[Report on the health of British troops in the Madras command]
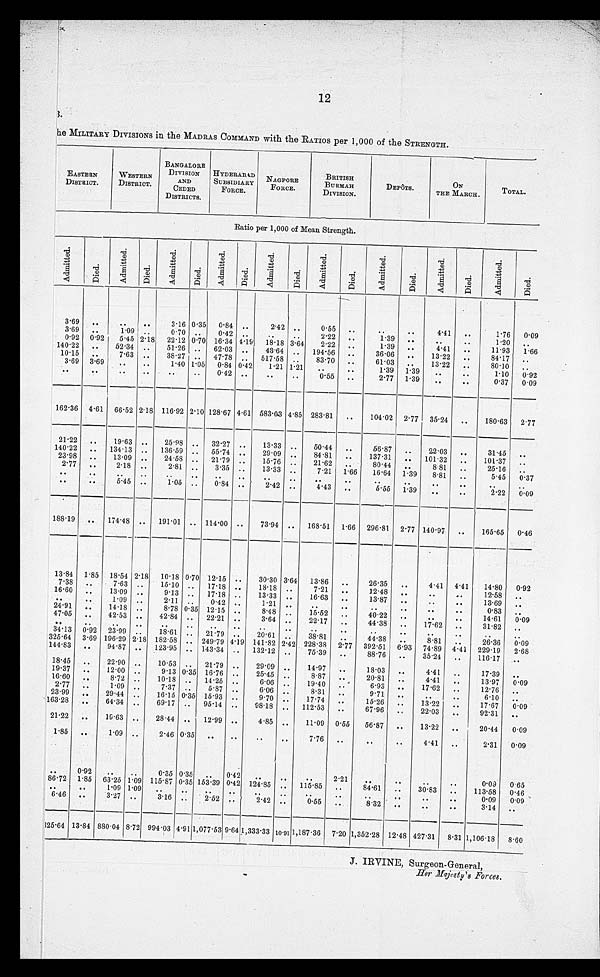
12
3.
The MILITARY DIVISIONS in the MADRAS COMMAND with the RATIOS per 1,000 of the STRENGTH.
EASTERN
DISTRICT.
WESTERN
DISTRICT.
BANGALORE
DIVISION
AND
CEDED
DISTRICTS.
HYDRABAD
SUBSIDIARY
FORCE.
NAGPORE
FORCE.
BRITISH
BURMAH
DIVISION.
DEPÔTS.
ON
THE MARCH.
TOTAL.
Ratio per 1,000 of Mean Strength.
Admi t t ed.
Died.
Admi t t ed.
Di e d.
Admi t t ed.
Died.
Admi t t ed.
Died.
Admi t t ed.
Died.
Admi t t ed.
Died.
A d m i t t e d .
Died.
Admi t t ed.
Died.
Ad mi t t e d .
Died.
3.69 ..
..
..
3.16 0.35 0.84 ..
2.42 ..
0.55 ..
..
..
4.41 ..
1.76 0.09
3.69 ..
1.09 ..
0.70 ..
0.42 ..
..
..
2.22 ..
1.39 ..
..
..
1.20
..
0.92 0.92 5.45 2.18 22.12 0.70 16.34 4.19 18.18 3.64
2.22 ..
1.39 ..
4.41 ..
11.93 1.66
140.22 ..
52.34 ..
51.26 .. 62.03 ..
43.64 .. 194.56 ..
36.06 ..
13.22 ..
84.17 ..
10.15 ..
7.63 ..
38.27 .. 47.78 .. 517.58 ..
83.70 ..
61.03 ..
13.22 ..
80.10 ..
3.69 3.69
..
..
1.40 1.05 0.84 0.42
1.21 1.21
..
..
1.39 1.39
..
..
1.10 0.92
..
.. ..
..
..
..
0.42 ..
..
..
0.55 ..
2.77 1.39 ..
..
0.37 0.09
162.36 4.61 66.52 2.18 116.92 2.10 128.67 4.61 583.03 4.85 283.81 ..
104.02 2.77 35.24 ..
180.63 2.77
21.22 ..
19.63 ..
25.98 .. 32.27 ..
13.33 ..
50.44 ..
56.87 ..
22.03 ..
31.45 ..
140.22 .. 134.13 .. 136.59 .. 55.74 ..
29.09 ..
84.81 ..
137.31 .. 101.32 ..
101.37 ..
23.98 ..
13.09 ..
24.58 .. 21.79 ..
15.76 ..
21.62 ..
80.44 ..
8.81 ..
25.16 ..
2.77 ..
2.18 ..
2.81 ..
3.35 ..
13.33 ..
7.21 1.66 16.64 1.39
8.81 ..
5.45 0.37
..
..
..
..
..
..
..
..
..
..
..
..
..
..
..
..
..
..
..
..
5.45 ..
1.05 ..
0.84 ..
2.42 ..
4.43 ..
5.55 1.39
..
..
2.22 0.09
188.19 .. 174.48 ..
191.01 .. 114.00 ..
73.94 .. 168.51 1.66 296.81 2.77 140.97 ..
165.65 0.46
13.84 1.85 18.54 2.18 10.18 0.70 12.15 ..
30.30 3.64 13.86 ..
26.35 ..
4.41 4.41
14.80 0.92
7.38 ..
7.63 ..
15.10 .. 17.18 ..
18.18 ..
7.21 ..
12.48 .. ..
..
12.58 ..
16.60 ..
13.09 ..
9.13 .. 17.18 ..
13.33 ..
16.63 ..
13.87 .. ..
..
13.69 ..
..
..
1.09 ..
2.11 ..
0.42 ..
1.21 .. ..
..
..
.. ..
..
0.83 ..
24.91 ..
14.18 ..
8.78 0.35 12.15 ..
8.48 ..
15.52..
40.22 ..
..
..
14.61 0.09
47.05 ..
42.53 ..
42.84 .. 22.21 ..
3.64 ..
22.17 ..
44.38 ..
17.62 ..
31.82 ..
..
..
..
.. ..
.. ..
.. ..
..
..
..
..
..
..
..
....
....
34.13 0.92 23.99 ..
18.61 .. 21.79 . .
20.61 .
.
38.81 .
.
44.38 ..
8.81 ..
26.36 0.09
325.64 3.69 196.29 2.18 182.58 .. 249.79 4.19 141.82 2.42 228.38 2.77 392.51 6.93 74.89 4.41 229.19 2.68
144.83 ..
94.87 .. 123.95 .. 143.34 .. 132.12 ..
75.39 ..
88.76 ..
35.24 ..
116.17 ..
18.45 ..
22.90 ..
10.53 .. 21.79 ..
29.09 ..
14.97 ..
18.03 ..
4.41 ..
17.39 ..
19.37 ..
12.00 ..
9.13 0.35 16.76 ..
25.45 ..
8.87 ..
20.81 ..
4.41 ..
13.97 0.09
16.60 ..
8.72 ..
10.18 .. 14.25 ..
6.06 ..
19.40 ..
6.93 ..
17.62 ..
12.76 ..
2.77 ..
1.09 ..
7.37 ..
5.87 ..
6.06 ..
8.31 ..
9.71 .. ..
..
6.10 ..
23.99 ..
29.44 ..
16.15 0.35 15.93 ..
9.70 ..
17.74 ..
15.26 ..
13.22 ..
17.67 0.09
163.28 ..
64.34 ..
69.17 .. 95.14 ..
98.18 .. 112.53 ..
67.96 ..
22.03 ..
92.31 ..
21.22 ..
19.63 ..
28.44 .. 12.99 ..
4.85 ..
11.09 0.55
56.87 ..
13.22 ..
20.44 0.09
1.85 ..
1.09 ..
2.46 0.35 ..
..
..
...
7.76 ..
.. ..
4.41 ..
2.31 0.09
..
0.92
..
..
0.35 0.35 .. 0.42 ..
..
..
2.21
..
..
..
..
0.09 0.65
86.72 1.85 63.25 1.09 115.87 0.35 153.39 0.42 124.85 .. 115.85 ..
84.61 ..
30.83 ..
113.58 0.46
..
..
1.09 1.09
..
..
..
..
..
..
..
.. ..
..
..
..
0.09 0.09
6.46 ..
3.27 ..
3.16 ..
2.52 ..
2.42 ..
0.55 ..
8.32 .. ..
..
3.14 ..
325.64 13.84 880.04 8.72 994.03 4.91 1,077.53 9.64 1,333.33 10.91 1,187.36 7.20 1,352.28 12.48 427.31 8.31 1,106.18 8.60
J. IRVINE, Surgeon-General,
Her Majesty's Forces.